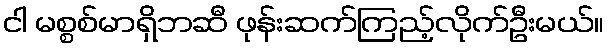
ငါ မစ္စစ်မာရှိဘဆီ ဖုန်းဆက်ကြည့်လိုက်ဦးမယ်။